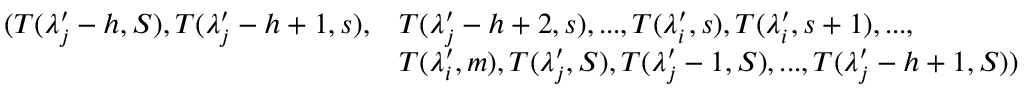
\begin{array} { r l } { ( T ( \lambda _ { j } ^ { \prime } - h , S ) , T ( \lambda _ { j } ^ { \prime } - h + 1 , s ) , } & { T ( \lambda _ { j } ^ { \prime } - h + 2 , s ) , . . . , T ( \lambda _ { i } ^ { \prime } , s ) , T ( \lambda _ { i } ^ { \prime } , s + 1 ) , . . . , } \\ & { T ( \lambda _ { i } ^ { \prime } , m ) , T ( \lambda _ { j } ^ { \prime } , S ) , T ( \lambda _ { j } ^ { \prime } - 1 , S ) , . . . , T ( \lambda _ { j } ^ { \prime } - h + 1 , S ) ) } \end{array}